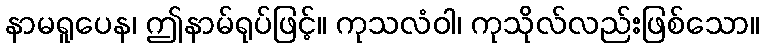
နာမရူပေန၊ ဤနာမ်ရုပ်ဖြင့်။ ကုသလံဝါ၊ ကုသိုလ်လည်းဖြစ်သော။